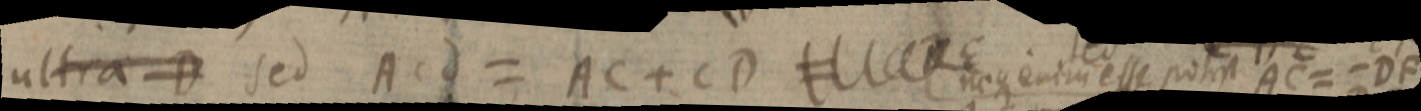
ultra D sed Acd = AC + CD _ neque enim esse potest AC = - DF